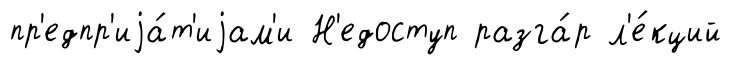
пр'едпр'иjа́т'иjам'и Н'едоступ разга́р л'е́кций